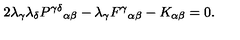
2 \lambda _ { \gamma } \lambda _ { \delta } P ^ { \gamma \delta } { } _ { \alpha \beta } - \lambda _ { \gamma } F ^ { \gamma } { } _ { \alpha \beta } - K _ { \alpha \beta } = 0 .